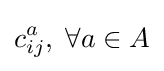
c_{ij}^{a},\;\forall a\in A